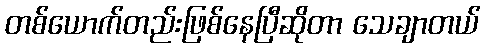
တစ်ယောက်တည်းဖြစ်နေပြီဆိုတာ သေချာတယ်